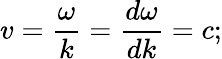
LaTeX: v={\frac{\omega}{k}}={\frac{d\omega}{dk}}=c;